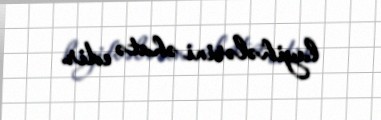
layihələrini əhatə edir.